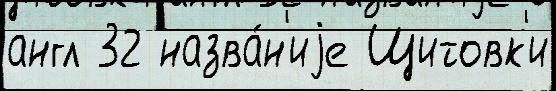
англ 32 назва́н'иjе Щитовк'и